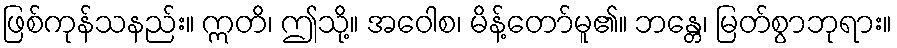
ဖြစ်ကုန်သနည်း။ ဣတိ၊ ဤသို့။ အဝေါစ၊ မိန့်တော်မူ၏။ ဘန္တေ၊ မြတ်စွာဘုရား။